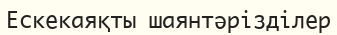
Ескекаяқты шаянтәрізділер